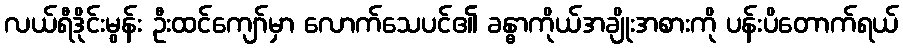
လယ်ရီဒိုင်းမွန်း ဦးထင်ကျော်မှာ လောက်သေပင်၏ ခန္ဓာကိုယ်အချိုးအစားကို ပန်းပိတောက်ရယ်